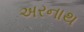
અરનાથ